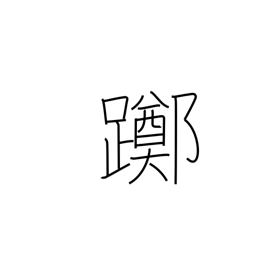
Meaning: loiter